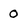
Character: O